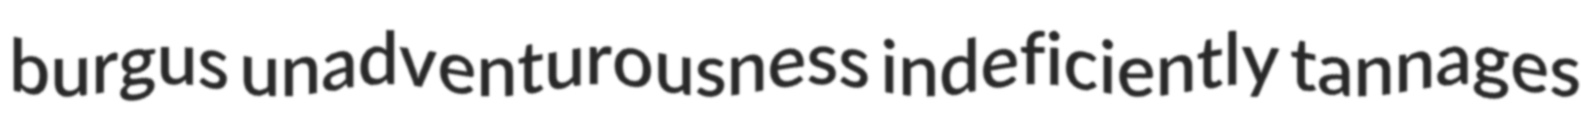
burgus unadventurousness indeficiently tannages